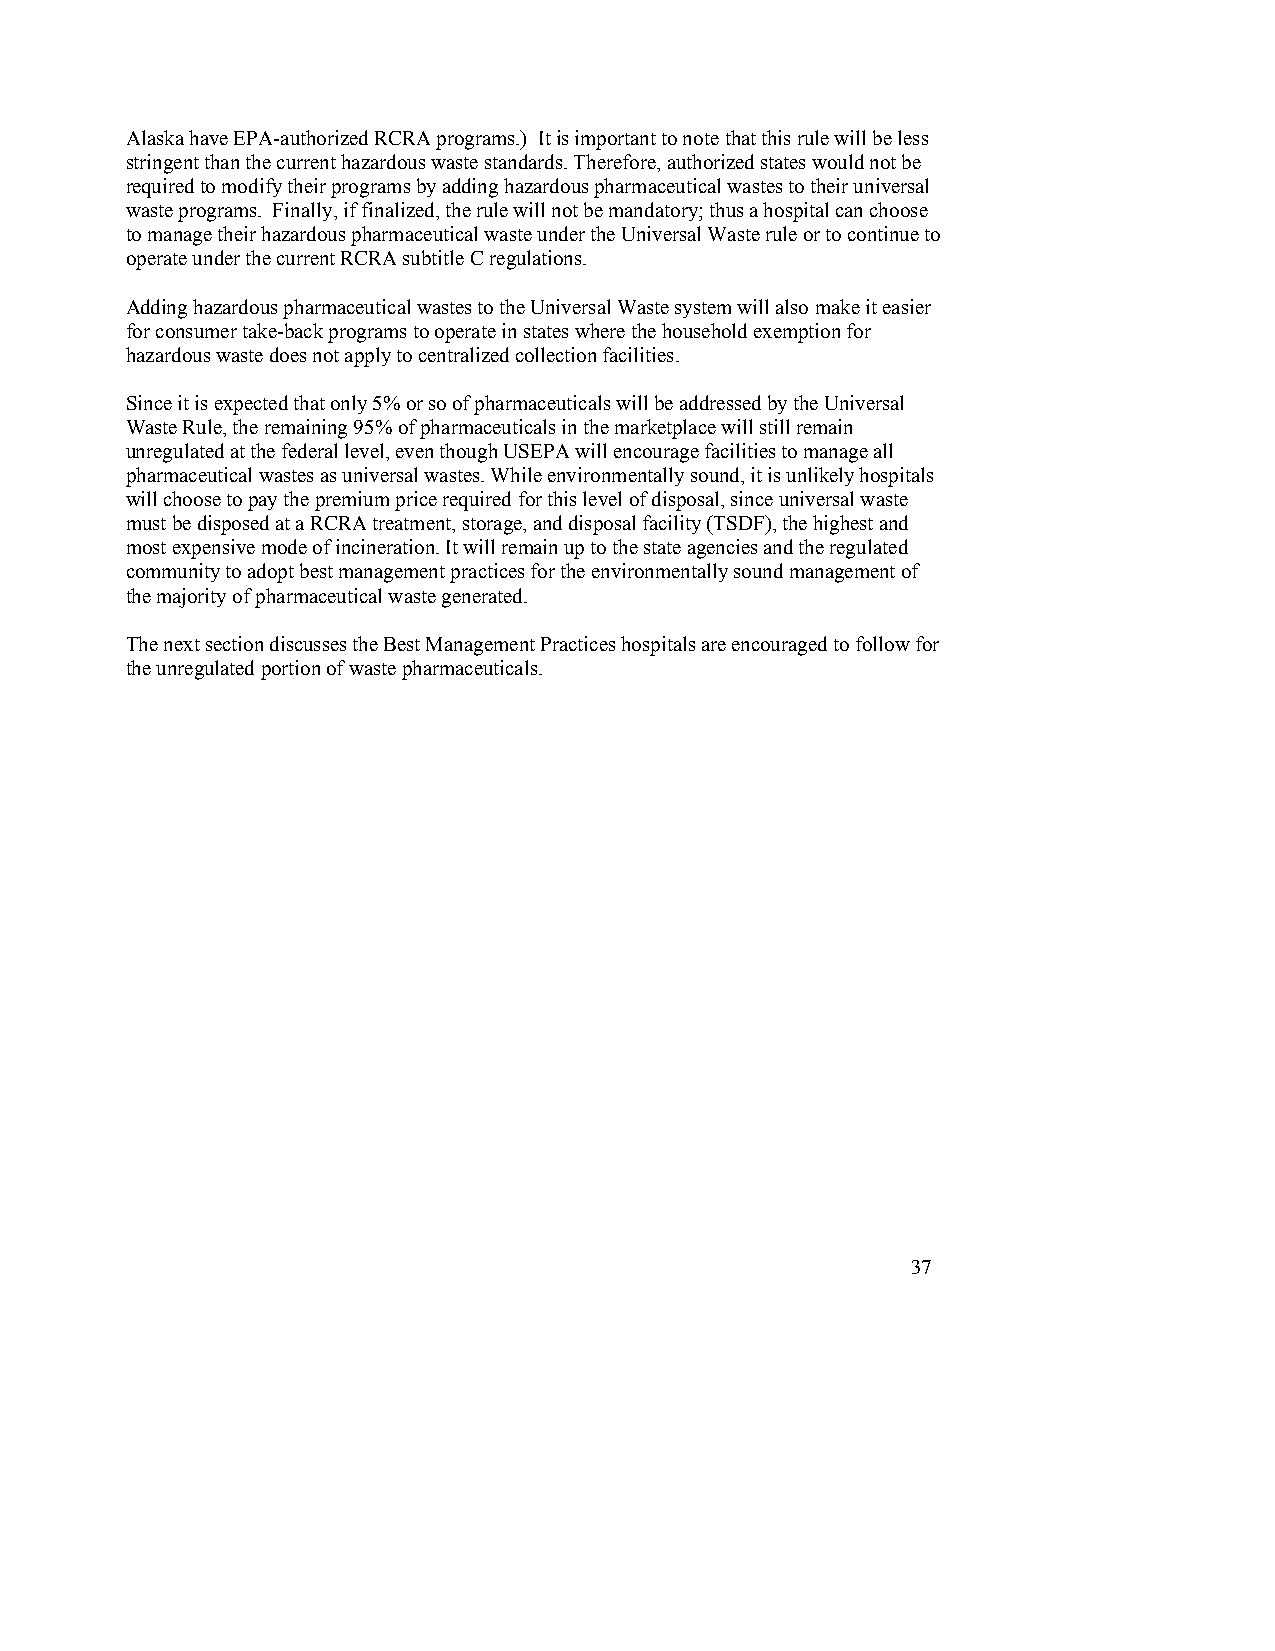
Alaska have EPA-authorized RCRA programs.) It is important to note that this rule will be less
 stringent than the current hazardous waste standards. Therefore, authorized states would not be
 required to modify their programs by adding hazardous pharmaceutical wastes to their universal
 waste programs. Finally, if finalized, the rule will not be mandatory; thus a hospital can choose
 to manage their hazardous pharmaceutical waste under the Universal Waste rule or to continue to
 operate under the current RCRA subtitle C regulations.
 Adding hazardous pharmaceutical wastes to the Universal Waste system will also make it easier
 for consumer take-back programs to operate in states where the household exemption for
 hazardous waste does not apply to centralized collection facilities.
 Since it is expected that only 5% or so of pharmaceuticals will be addressed by the Universal
 Waste Rule, the remaining 95% of pharmaceuticals in the marketplace will still remain
 unregulated at the federal level, even though USEPA will encourage facilities to manage all
 pharmaceutical wastes as universal wastes. While environmentally sound, it is unlikely hospitals
 will choose to pay the premium price required for this level of disposal, since universal waste
 must be disposed at a RCRA treatment, storage, and disposal facility (TSDF), the highest and
 most expensive mode of incineration. It will remain up to the state agencies and the regulated
 community to adopt best management practices for the environmentally sound management of
 the majority of pharmaceutical waste generated.
 The next section discusses the Best Management Practices hospitals are encouraged to follow for
 the unregulated portion of waste pharmaceuticals.
 37